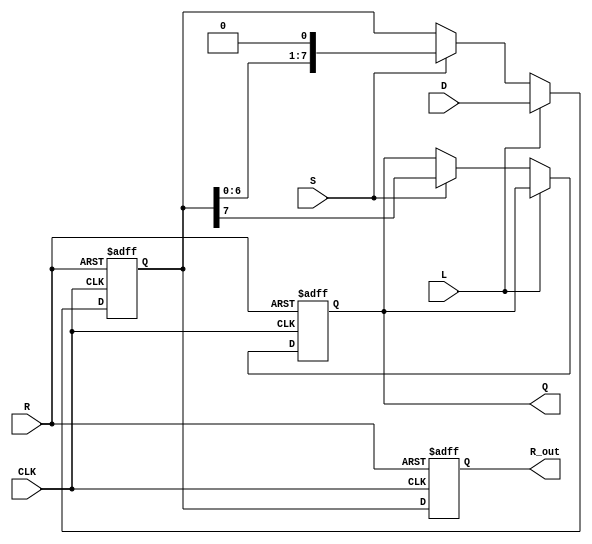
module PISO_Register #(
    parameter WIDTH = 8  // Parameter for the width of the register
)(
    input wire [WIDTH-1:0] D,     // Data input bus
    input wire L,                  // Load control signal
    input wire S,                  // Shift control signal
    input wire CLK,                // Clock signal
    input wire R,                  // Asynchronous reset signal
    output reg Q,                  // Serial output
    output reg [WIDTH-1:0] R_out   // Full register output
);

    // Internal register to hold the data
    reg [WIDTH-1:0] register;

    // Asynchronous reset and load/shift logic
    always @(posedge CLK or posedge R) begin
        if (R) begin
            // Asynchronous reset
            register <= {WIDTH{1'b0}}; // Clear the register
            R_out <= {WIDTH{1'b0}};     // Clear the output register
            Q <= 1'b0;                  // Clear the serial output
        end else begin
            if (L) begin
                // Load data into the register
                register <= D;
            end else if (S) begin
                // Shift operation
                Q <= register[WIDTH-1]; // Shift out the MSB
                register <= {register[WIDTH-2:0], 1'b0}; // Shift left
            end
            // Update the full register output
            R_out <= register;
        end
    end

endmodule